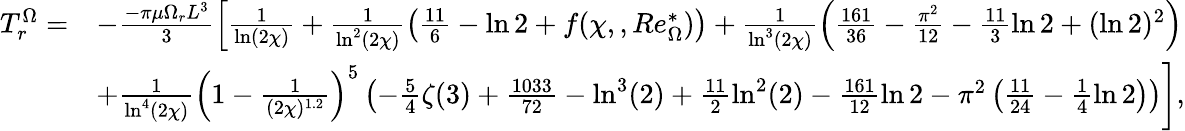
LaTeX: \begin{array}{rl}{T_{r}^{\Omega}=}&{-\frac{-\pi\mu\Omega_{r}L^{3}}{3}\left[\frac{1}{\ln(2\chi)}+\frac{1}{\ln^{2}(2\chi)}\left(\frac{11}{6}-\ln 2+f(\chi,,Re_{\Omega}^{*})\right)+\frac{1}{\ln^{3}(2\chi)}\left(\frac{161}{36}-\frac{\pi^{2}}{12}-\frac{11}{3}\ln 2+(\ln 2)^{2}\right)\right.}\\ &{\left.+\frac{1}{\ln^{4}(2\chi)}\left(1-\frac{1}{(2\chi)^{1.2}}\right)^{5}\left(-\frac{5}{4}\zeta(3)+\frac{1033}{72}-\ln^{3}(2)+\frac{11}{2}\ln^{2}(2)-\frac{161}{12}\ln 2-\pi^{2}\left(\frac{11}{24}-\frac{1}{4}\ln 2\right)\right)\right],}\end{array}